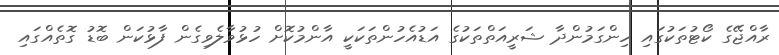
ރާއްޖޭގެ ކޯޓުތަކުގައި ހިންގަމުންދާ ޝަރީއަތްތަކުގެ އަޑުއެހުންތަކަކީ އާންމުކޮށް ހުޅުވާލެވިގެން ފާޅުކަން ބޮޑު ގޮތެއްގައި